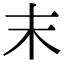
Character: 末